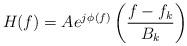
LaTeX: \begin{align*} H_{}(f) = A_{}e^{j\phi_{}(f)}\left(\frac{f-f_k}{B_k}\right)\end{align*}